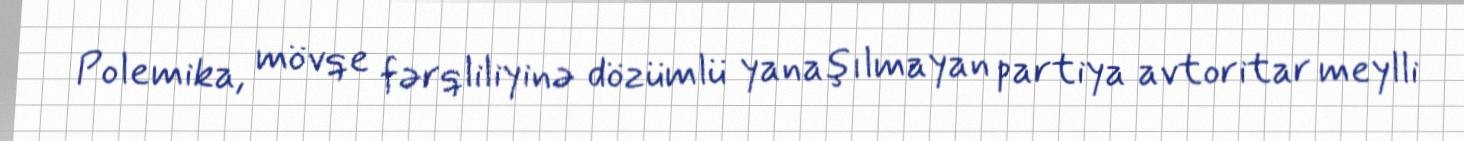
Polemika, mövqe fərqliliyinə dözümlü yanaşılmayan partiya avtoritar meylli